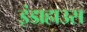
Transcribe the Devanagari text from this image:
इंडाहाउस